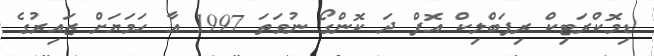
ޑިމޮކްރަޓިކް ރިޕަބްލިކް އޮފް ދަ ކޮންގޯ ނުވަތަ 1997 އާ ހަމަޔަށް ޒައިރުގެ